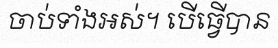
ចាប់ទាំងអស់។ បើធ្វើបាន